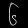
Digit: ၆